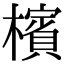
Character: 檳